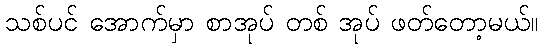
သစ်ပင် အောက်မှာ စာအုပ် တစ် အုပ် ဖတ်တော့မယ်။